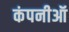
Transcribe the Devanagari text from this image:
कंपनीऑ